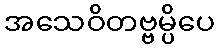
အသေဝိတဗ္ဗမ္ပိပေ